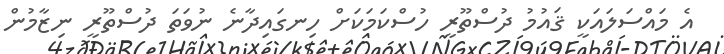
އެ މައްސަލައަކީ ޤައުމު ދުސްތޫރީ ހުސްކަމަކަށް ހިނގައިދާނެ ނުވަތަ ދުސްތޫރީ ނިޒާމުން